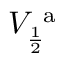
V _ { \frac { 1 } { 2 } } ^ { \mathrm { ~ a ~ } }